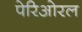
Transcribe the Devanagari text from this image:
पेरिओरल